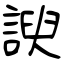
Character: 諛